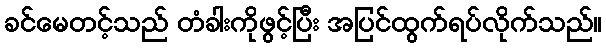
ခင်မေတင့်သည် တံခါးကိုဖွင့်ပြီး အပြင်ထွက်ရပ်လိုက်သည်။